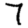
Digit: 7